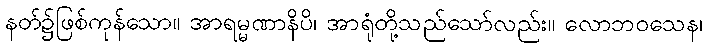
နတ်၌ဖြစ်ကုန်သော။ အာရမ္မဏာနိပိ၊ အာရုံတို့သည်သော်လည်း။ လောဘဝသေန၊